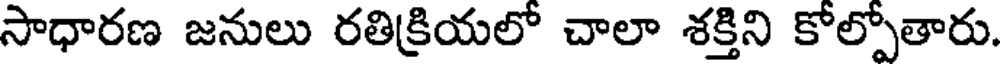
సాధారణ జనులు రతిక్రియలో చాలా శక్తిని కోల్పోతారు.